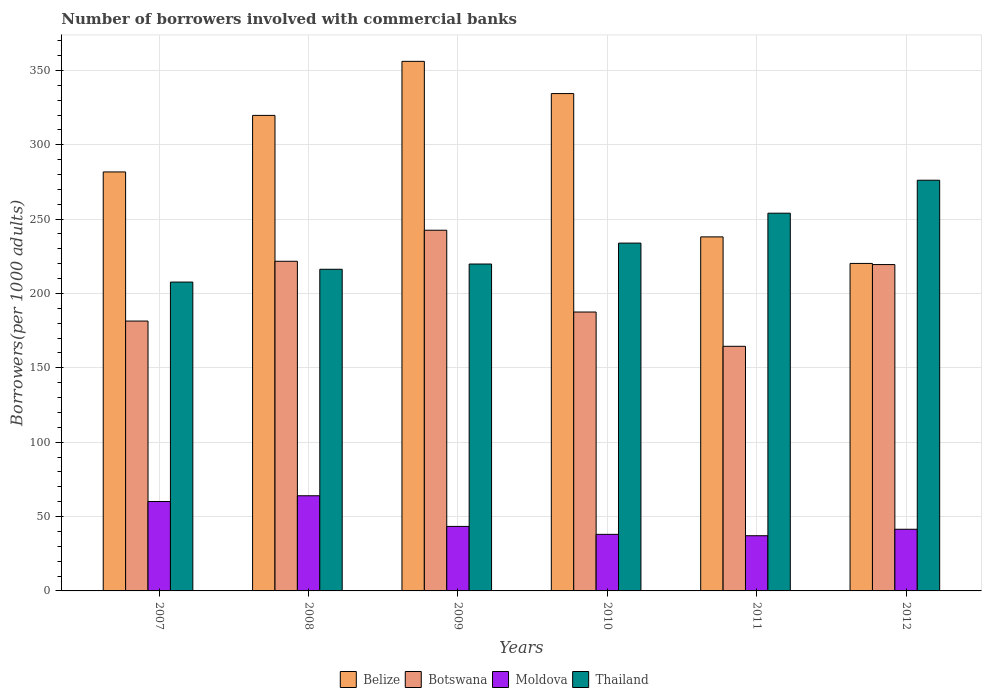
| Years | Belize | Botswana | Moldova | Thailand |
 | --- | --- | --- | --- | --- |
 | 2007 | 282 | 181 | 60.1 | 208 |
 | 2008 | 320 | 222 | 64 | 216 |
 | 2009 | 356 | 243 | 43.4 | 220 |
 | 2010 | 334 | 188 | 38 | 234 |
 | 2011 | 238 | 164 | 37.1 | 254 |
 | 2012 | 220 | 219 | 41.5 | 276 |